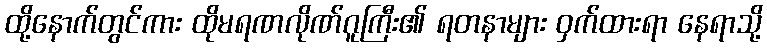
ထို့နောက်တွင်ကား ထိုမရဏလိုဏ်ဂူကြီး၏ ရတနာများ ဝှက်ထားရာ နေရာသို့